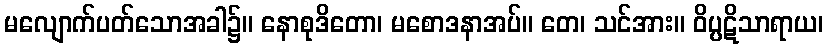
မလျောက်ပတ်သောအခါ၌။ နောစုဒိတော၊ မစောဒနာအပ်။ တေ၊ သင်အား။ ဝိပ္ပဋိသာရာယ၊